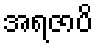
အရဇာပိ